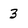
Character: 3